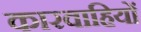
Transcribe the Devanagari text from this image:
कारवाहियों